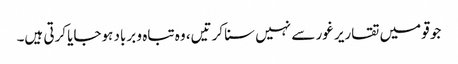
جو قومیں تقاریر غور سے نہیں سنا کرتیں، وہ تباہ و برباد ہوجایا کرتی ہیں۔